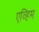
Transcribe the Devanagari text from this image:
एव्हिम